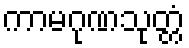
ကာမဂုဏသုတ္တံ